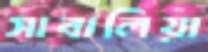
সাবালিয়া